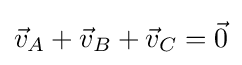
{\vec {v}}_{A}+{\vec {v}}_{B}+{\vec {v}}_{C}={\vec {0}}